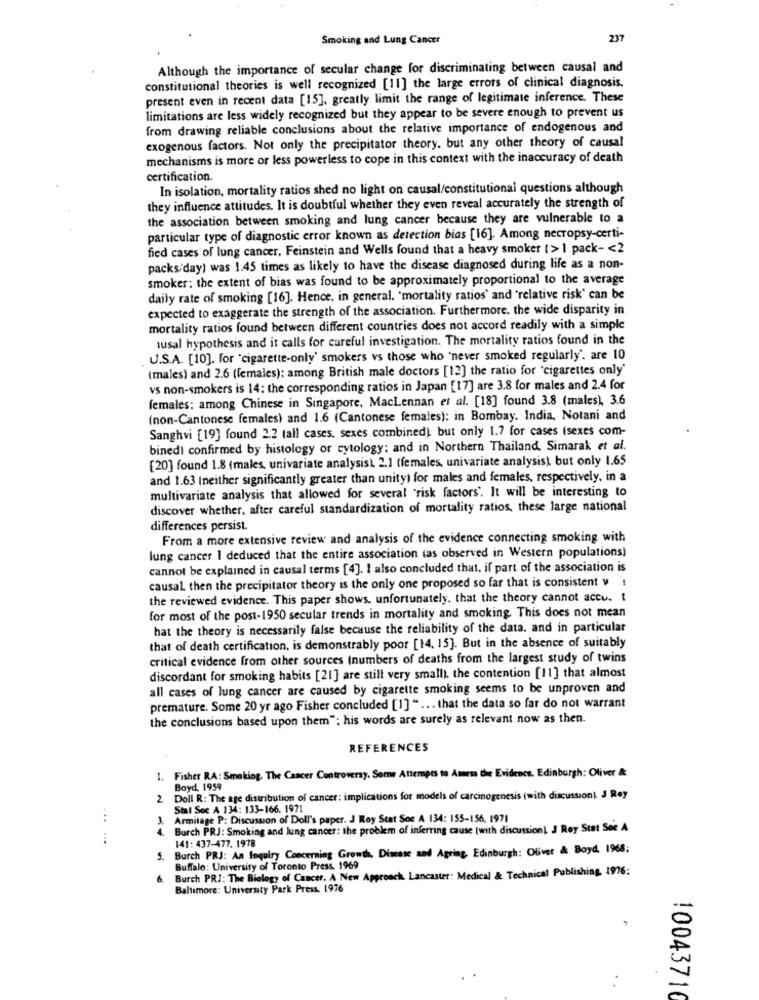
Smoking and Lung Cancer
237
Although the importance of secular change for discriminating between causal and
constitutional theories is well recognized [11] the large errors of clinical diagnosis.
present even in recent data [15]. greatly limit the range of legitimate inference. These
limitations are less widely recognized but they appear to be severe enough to prevent us
from drawing reliable conclusions about the relative importance of endogenous and
exogenous factors. Not only the precipitator theory. but any other theory of causal
mechanisms is more or less powerless to cope in this context with the inaccuracy of death
certification.
In isolation, mortality ratios shed no light on causal/constitutional questions although
they influence attitudes. It is doubtful whether they even reveal accurately the strength of
the association between smoking and lung cancer because they are vulnerable to a
particular type of diagnostic error known as detection bias [16]. Among necropsy-certi-
fied cases of lung cancer, Feinstein and Wells found that a heavy smoker (> 1 pack- < 2
packs/day) was 1.45 times as likely to have the disease diagnosed during life as a non-
smoker: the extent of bias was found to be approximately proportional to the average
daily rate of smoking [16]. Hence. in general. 'mortality ratios' and 'relative risk' can be
expected to exaggerate the strength of the association. Furthermore. the wide disparity in
mortality ratios found between different countries does not accord readily with a simple
ausal hypothesis and it calls for careful investigation. The mortality ratios found in the
J.S.A. [10]. for 'cigarette-only' smokers vs those who "never smoked regularly'. are 10
(males) and 2.6 (females): among British male doctors [12] the ratio for "cigarettes only"
vs non-smokers is 14: the corresponding ratios in Japan [17] are 3.8 for males and 2.4 for
females: among Chinese in Singapore, MacLennan et al. [18] found 3.8 (males), 3.6
(non-Cantonese females) and 1.6 (Cantonese females): in Bombay. India, Notani and
Sanghvi [19] found 2.2 (all cases, sexes combined) but only 1.7 for cases (sexes com-
binedì confirmed by histology or cytology; and in Northern Thailand, Simarak et al.
[20] found 1.8 (males, univariate analysis). 2.1 (females, univariate analysis), but only 1.65
and 1.63 (neither significantly greater than unity) for males and females, respectively, in a
multivariate analysis that allowed for several "risk factors'. It will be interesting to
discover whether. after careful standardization of mortality ratios, these large national
differences persist.
From a more extensive review and analysis of the evidence connecting smoking with
lung cancer I deduced that the entire association (as observed in Western populations)
cannot be explained in causal terms [4]. I also concluded that, if part of the association is
causal then the precipitator theory is the only one proposed so far that is consistent y
the reviewed evidence. This paper shows. unfortunately, that the theory cannot accu. t
for most of the post-1950 secular trends in mortality and smoking This does not mean
hat the theory is necessarily false because the reliability of the data. and in particular
that of death certification, is demonstrably poor [14, 15]. But in the absence of suitably
critical evidence from other sources (numbers of deaths from the largest study of twins
discordant for smoking habits [21] are still very small). the contention [11] that almost
all cases of lung cancer are caused by cigarette smoking seems to be unproven and
premature. Some 20 yr ago Fisher concluded [1] " ... that the data so far do not warrant
the conclusions based upon them"; his words are surely as relevant now as then.
REFERENCES
1. Fisher RA: Smoking. The Caacer Controversy. Some Attempts to Amess the Evidence. Edinburgh: Oliver &
Boyd, 1959
2. Doll R: The age distribution of cancer: implications for models of carcinogenesis (with discussion) J Rey
Stal Soc A 134: 133-166. 1971
Armitage P: Discussion of Doll's paper. J Roy Stat Soc A 134: 155-156. 1971
4.
Burch PRJ: Smoking and lung cancer: the problem of inferring cause (with discussion) J Roy Stat Soc A
141: 437-477. 1978
Burch PRJ: An Inquiry Concerning Growth, Disease and Agring, Edinburgh: Oliver & Boyd, 1968:
5.
Buffalo: University of Toronto Press. 1969
Burch PRJ: The Biology of Cancer. A New Approach. Lancaster: Medical & Technical Publishing 1976:
6
Baltimore: University Park Press. 1976
10043710